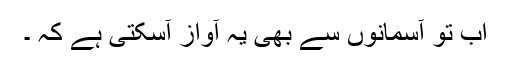
اب تو آسمانوں سے بھی یہ آواز آسکتی ہے کہ ۔